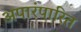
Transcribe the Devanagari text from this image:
अपारंपारित